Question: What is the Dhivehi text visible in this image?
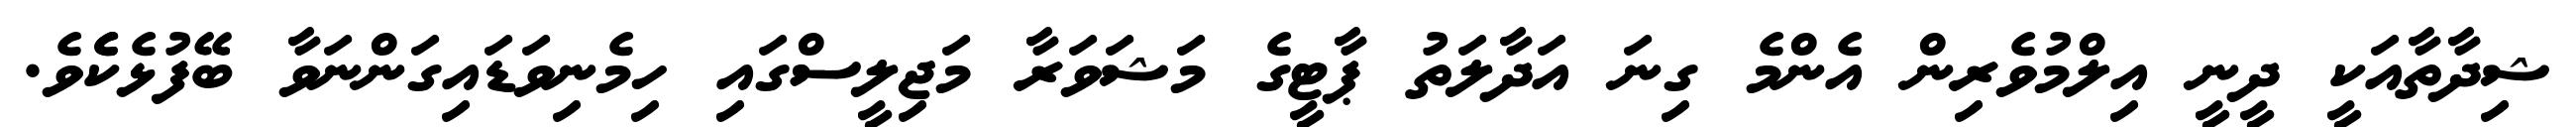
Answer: ޝިދާތާއަކީ ދީނީ އިލްމުވެރިން އެންމެ ގިނަ އަދާލަތު ޕާޓީގެ މަޝަވަރާ މަޖިލީސްގައި ހިމެނިވަޑައިގަންނަވާ ބޭފުޅެކެެވެ.